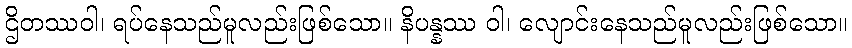
ဌိတဿဝါ၊ ရပ်နေသည်မူလည်းဖြစ်သော။ နိပန္နဿ ဝါ၊ လျောင်းနေသည်မူလည်းဖြစ်သော။